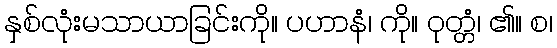
နှစ်လုံးမသာယာခြင်းကို။ ပဟာနံ၊ ကို။ ဝုတ္တံ၊ ၏။ စ၊